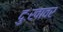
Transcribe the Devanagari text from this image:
दुःखावर